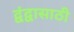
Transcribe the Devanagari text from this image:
द्वंद्वासाठी